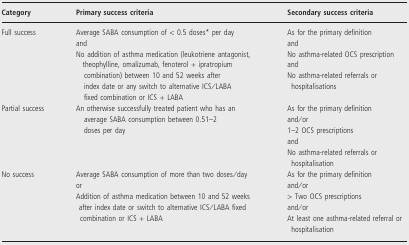
<table><thead><tr><td><b>Category</b></td><td><b>Primary success criteria</b></td><td><b>Secondary success criteria</b></td></tr></thead><tbody><tr><td>Full success</td><td>Average SABA consumption of &lt; 0.5 doses* per day and No addition of asthma medication (leukotriene antagonist,theophylline, omalizumab, fenoterol + ipratropium combination) between 10 and 52 weeks after index date or any switch to alternative ICS/LABA fixed combination or ICS + LABA</td><td>As for the primary definition and No asthma-related OCS prescription and No asthma-related referrals orhospitalisations</td></tr><tr><td>Partial success</td><td>An otherwise successfully treated patient who has an average SABA consumption between 0.51–2 doses per day</td><td>As for the primary definition and/or 1–2 OCS prescriptions and No asthma-related referrals orhospitalisation</td></tr><tr><td>No success</td><td>Average SABA consumption of more than two doses/day or Addition of asthma medication between 10 and 52 weeks after index date or switch to alternative ICS/LABA fixedcombination or ICS + LABA</td><td>As for the primary definition and/or &gt; Two OCS prescriptions and/or At least one asthma-related referral orhospitalisation</td></tr></tbody></table>